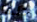
حلها